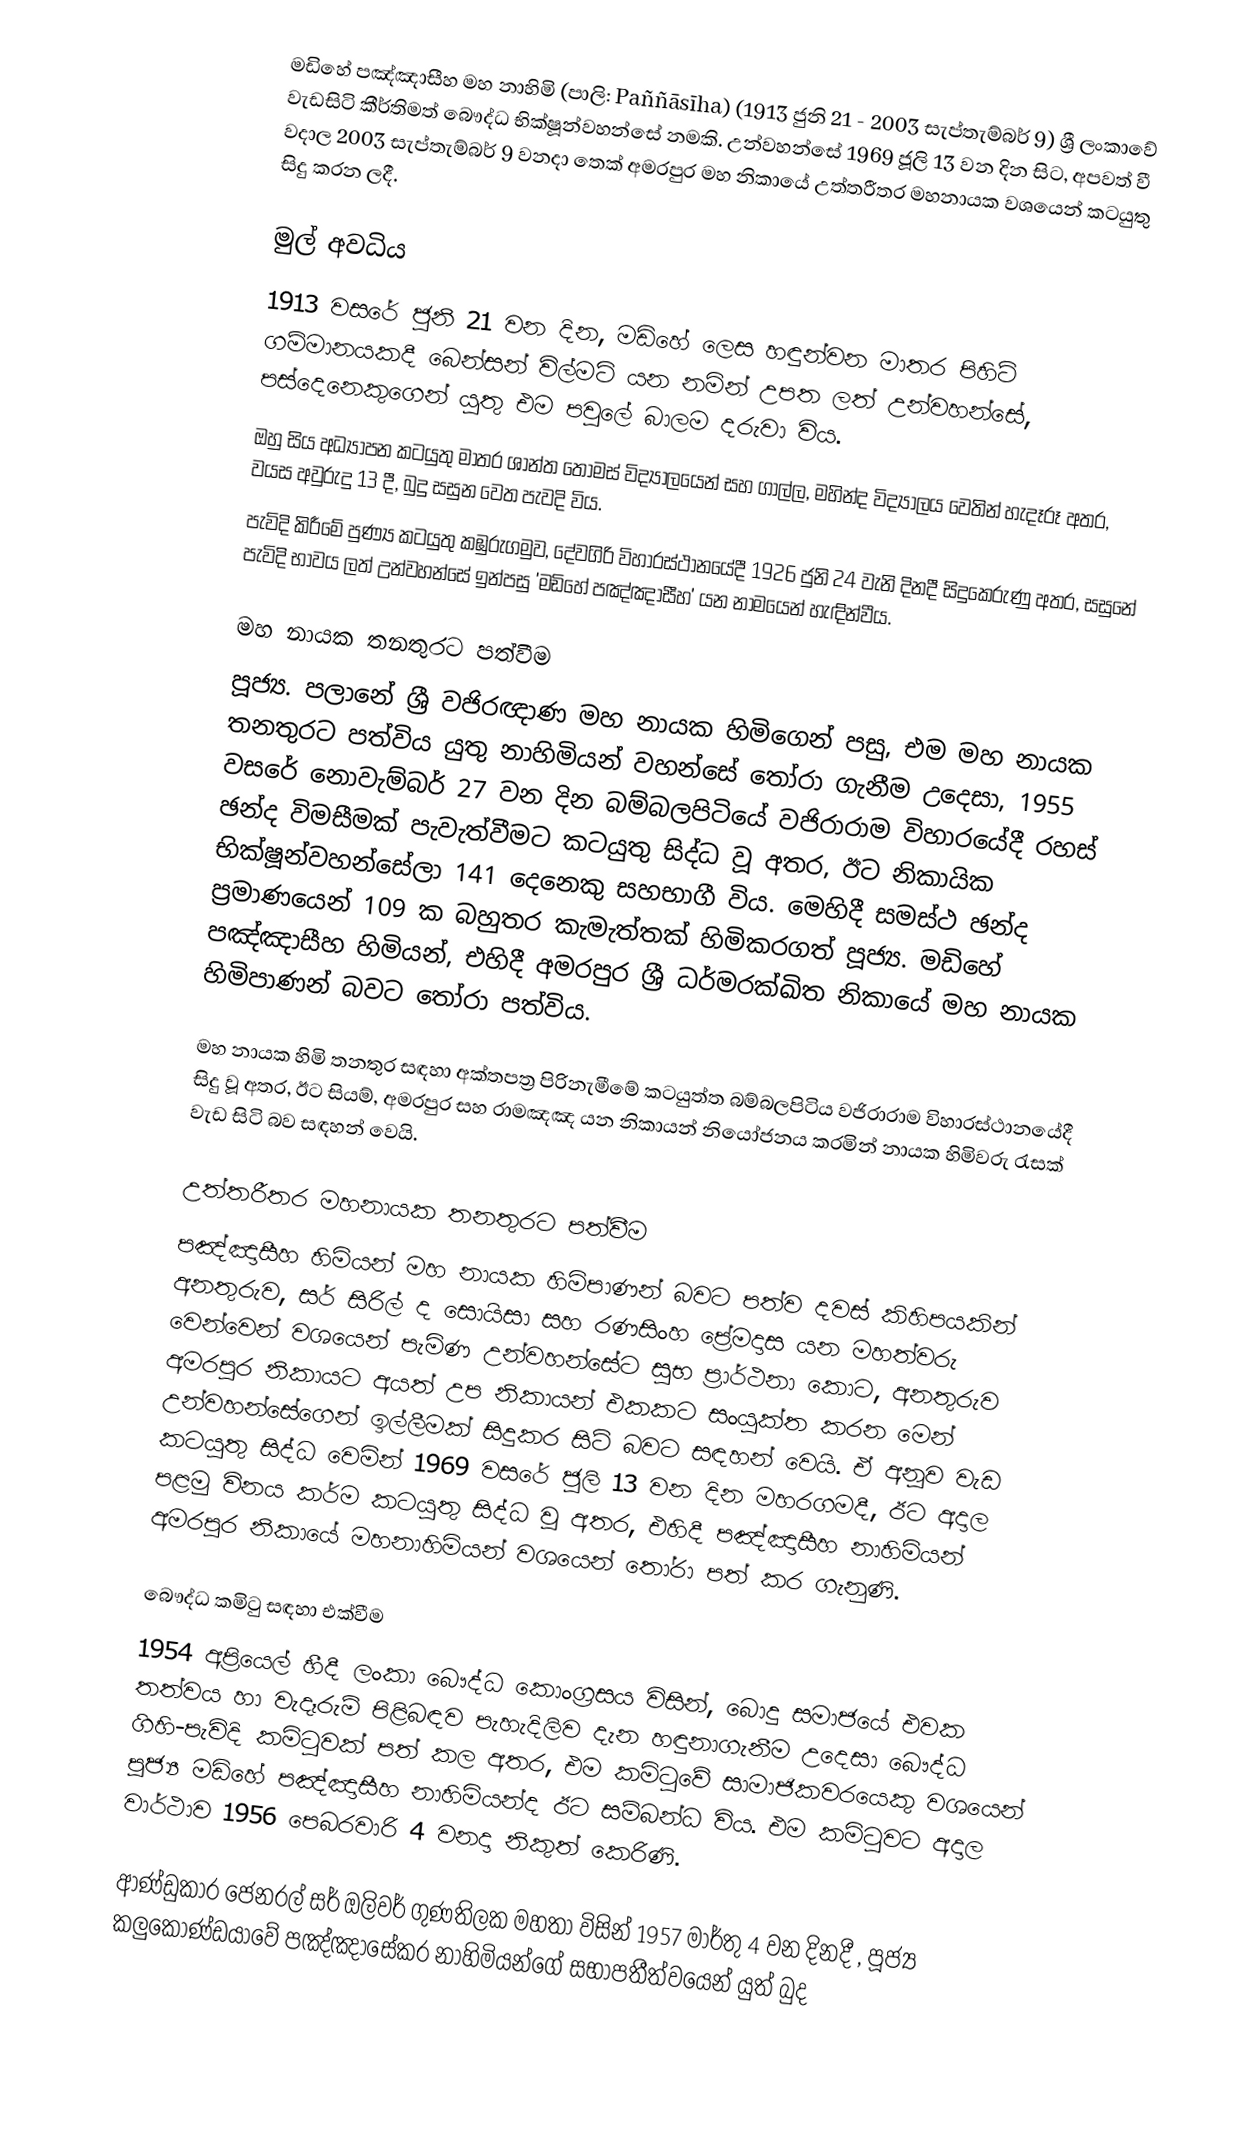
මඩිහේ පඤ්ඤාසීහ මහ නාහිමි (පාලි: Paññāsīha) (1913 ජුනි 21 - 2003 සැප්තැම්බර් 9) ශ්‍රී ලංකාවේ වැඩසිටි කීර්තිමත් බෞද්ධ භික්ෂූන්වහන්සේ නමකි. උන්වහන්සේ 1969 ජූලි 13 වන දින සිට, අපවත් වී වදාල 2003 සැප්තැම්බර් 9 වනදා තෙක් අමරපුර මහ නිකායේ උත්තරීතර මහනායක වශයෙන් කටයුතු සිදු කරන ලදී.

මුල් අවධිය
1913 වසරේ ජුනි 21 වන දින, මඩිහේ ලෙස හඳුන්වන මාතර පිහිටි ගම්මානයකදී බෙන්සන් විල්මට් යන නමින් උපත ලත් උන්වහන්සේ, පස්දෙනෙකුගෙන් යුතු එම පවුලේ බාලම දරුවා විය.
ඔහු සිය අධ්‍යාපන කටයුතු මාතර ශාන්ත තෝමස් විද්‍යාලයෙන් සහ ගාල්ල, මහින්ද විද්‍යාලය වෙතින් හැදෑරූ අතර,  වයස අවුරුදු 13 දී, බුදු සසුන වෙත පැවදි විය.
පැවිදි කිරීමේ පුණ්‍ය කටයුතු කඹුරුගමුව, දේවගිරි විහාරස්ථානයේදී 1926 ජුනි 24 වැනි දිනදී සිදුකෙරුණු අතර, සසුනේ පැවිදි භාවය ලත් උන්වහන්සේ ඉන්පසු 'මඩිහේ පඤ්ඤාසීහ' යන නාමයෙන් හැඳින්වීය.

මහ නායක තනතුරට පත්වීම
පූජ්‍ය. පලානේ ශ්‍රී වජිරඥාණ මහ නායක හිමිගෙන් පසු, එම මහ නායක තනතුරට පත්විය යුතු නාහිමියන් වහන්සේ තෝරා ගැනීම උදෙසා, 1955 වසරේ නොවැම්බර් 27 වන දින බම්බලපිටියේ වජිරාරාම විහාරයේදී රහස් ඡන්ද විමසීමක් පැවැත්වීමට කටයුතු සිද්ධ වූ අතර, ඊට නිකායික භික්ෂූන්වහන්සේලා 141 දෙනෙකු සහභාගී විය. මෙහිදී සමස්ථ ඡන්ද ප්‍රමාණයෙන් 109 ක බහුතර කැමැත්තක් හිමිකරගත් පූජ්‍ය. මඩිහේ පඤ්ඤාසීහ හිමියන්, එහිදී අමරපුර ශ්‍රී ධර්මරක්ඛිත නිකායේ මහ නායක හිමිපාණන් බවට තෝරා පත්විය.

මහ නායක හිමි තනතුර සඳහා අක්තපත්‍ර පිරිනැමීමේ කටයුත්ත බම්බලපිටිය වජිරාරාම විහාරස්ථානයේදී සිදු වූ අතර, ඊට සියම්, අමරපුර සහ රාමඤඤ යන නිකායන් නියෝජනය කරමින් නායක හිමිවරු රැසක් වැඩ සිටි බව සඳහන් වෙයි.

උත්තරීතර මහනායක  තනතුරට පත්වීම
පඤ්ඤාසීහ හිමියන් මහ නායක හිමිපාණන් බවට පත්ව දවස් කිහිපයකින් අනතුරුව, සර් සිරිල් ද සොයිසා සහ රණසිංහ ප්‍රේමදාස යන මහත්වරු වෙන්වෙන් වශයෙන් පැමිණ උන්වහන්සේට සුභ ප්‍රාර්ථනා කොට, අනතුරුව අමරපුර නිකායට අයත් උප නිකායන් එකකට සංයුක්ත කරන මෙන් උන්වහන්සේගෙන් ඉල්ලීමක් සිදුකර සිටි බවට සඳහන් වෙයි. ඒ අනූව වැඩ කටයුතු සිද්ධ වෙමින් 1969 වසරේ ජූලි 13 වන දින මහරගමදී, ඊට අදාල පළමු විනය කර්ම කටයුතු සිද්ධ වූ අතර, එහිදී පඤ්ඤාසීහ නාහිමියන් අමරපුර නිකායේ මහනාහිමියන් වශයෙන් තෝරා පත් කර ගැනුණි.

බෞද්ධ කමිටු සඳහා එක්වීම
1954 අප්‍රියෙල් හීදී ලංකා බෞද්ධ කොංග්‍රසය විසින්, බොදු සමාජයේ එවක තත්වය හා වැදෑරුම් පිළිබඳව පැහැදිලිව දැන හඳුනාගැනීම උදෙසා බෞද්ධ ගිහි-පැවිදි කමිටුවක් පත් කල අතර, එම කමිටුවේ සාමාජිකවරයෙකු වශයෙන් පූජ්‍ය මඩිහේ පඤ්ඤාසීහ නාහිමියන්ද ඊට සම්බන්ධ විය. එම කමිටුවට අදාල වාර්ථාව 1956 පෙබරවාරි 4 වනදා නිකුත් කෙරිණි.

ආණ්ඩුකාර ජෙනරල් සර් ඔලිවර් ගුණතිලක මහතා විසින් 1957 මාර්තු 4 වන දිනදී , පූජ්‍ය කලුකොණ්ඩයාවේ පඤ්ඤාසේකර නාහිමියන්ගේ සභාපතීත්වයෙන් යුත් බුද